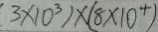
( 3 \times 1 0 ^ { 3 } ) \times ( 8 \times 1 0 ^ { 4 } )